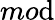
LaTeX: mo\mathrm{d}